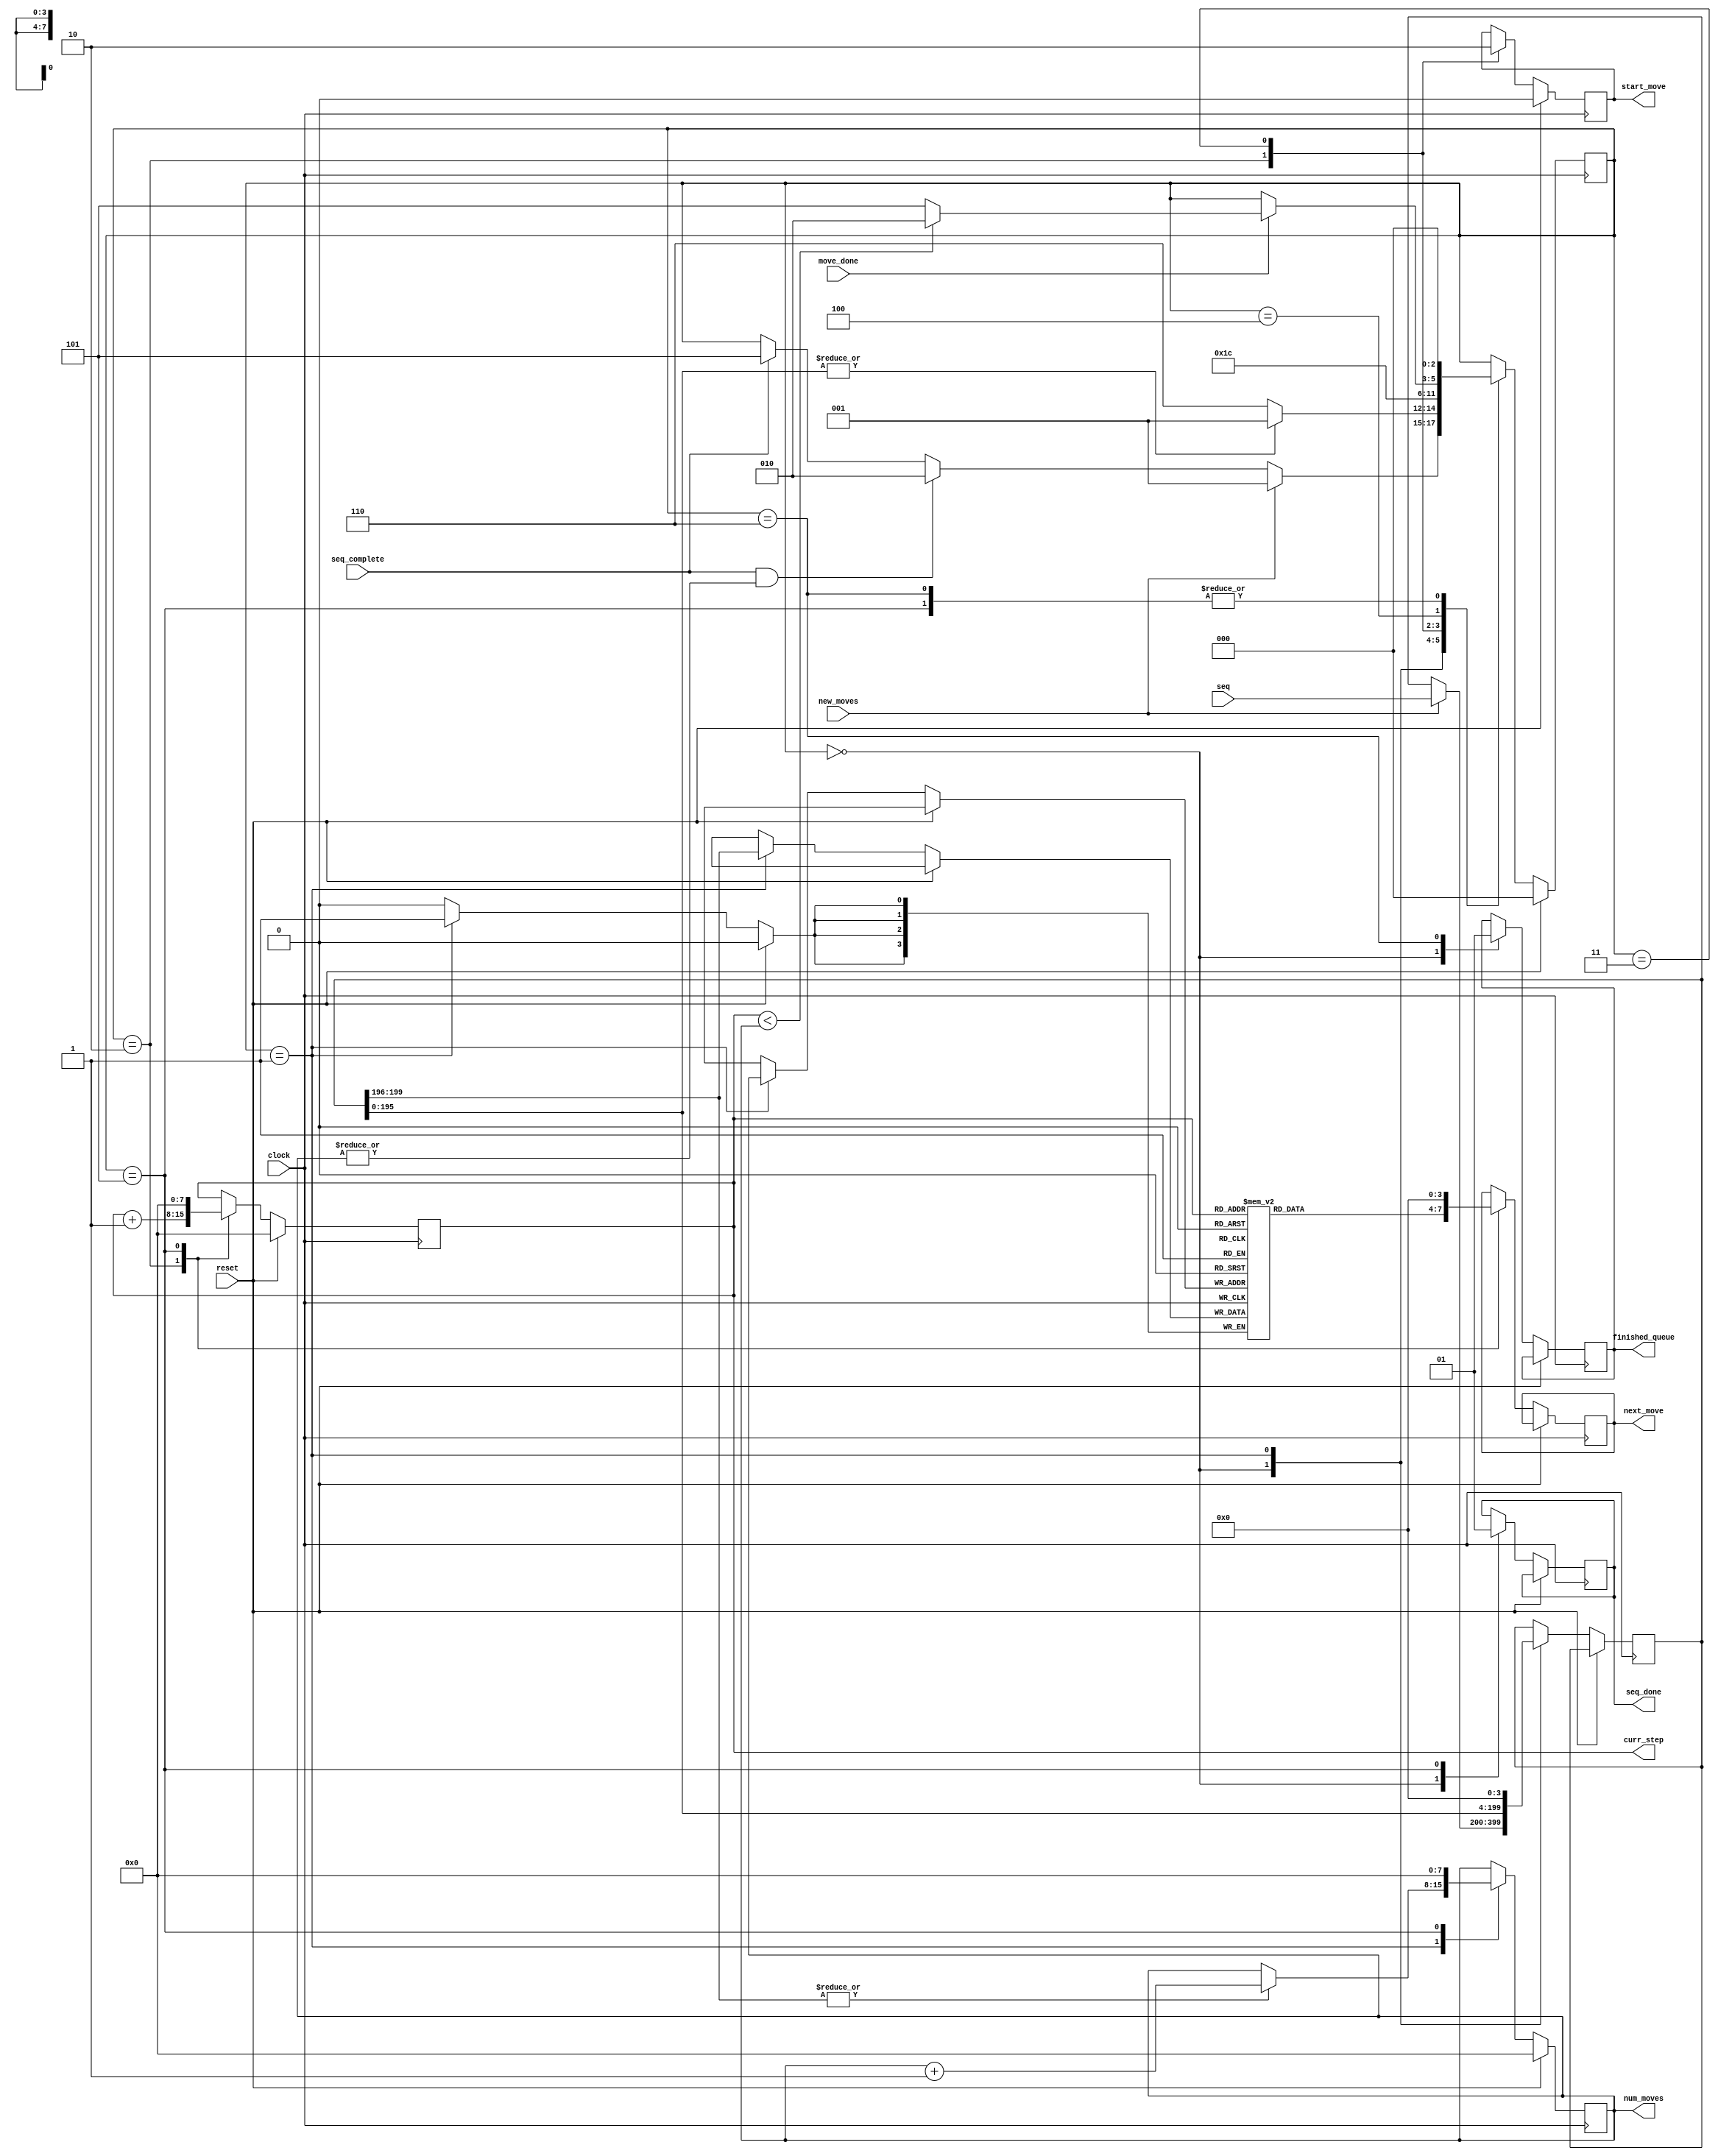
`timescale 1ns / 1ps
//////////////////////////////////////////////////////////////////////////////////
// Company: 
// 
// Design Name: 
// Module Name: sequencer
// Project Name: rbot
// Target Devices: 
// Tool Versions: 
// Description: 
// 
// Dependencies: 
// 
// Revision:
// Revision 0.01 - File Created
// Additional Comments:
// 
//////////////////////////////////////////////////////////////////////////////////


module sequencer
    (input clock,
    input reset,
    input seq_complete,
    input new_moves,
    input [199:0] seq,
    output reg seq_done,
    output reg [3:0] next_move,
    output reg start_move,
    output reg [7:0] num_moves = 0,
    output reg [7:0] curr_step = 0,
    output reg finished_queue,
    input move_done
    );
    
    localparam IDLE = 3'd0;
    localparam ADD_TO_QUEUE = 3'd1;
    localparam LOAD_MOVE = 3'd2;
    localparam WAIT_FOR_MOVE_1 = 3'd3;
    localparam WAIT_FOR_MOVE_2 = 3'd4;
    localparam SEQ_FINISHED = 3'd5;
    localparam FINISHED_DATA_QUEUE = 3'd6;
    
    reg [2:0] state = IDLE;
    reg [199:0] part_seq;
    reg [3:0] moves [199:0];
    
    always @(posedge clock)begin
        if(reset)begin
            state <= IDLE;
            curr_step <= 0;
            num_moves <= 0;
            start_move <= 0;
        end else begin
            case(state)
                IDLE: begin
                    finished_queue <= 0;
                    seq_done <= 0;
                    if(new_moves) begin
                        part_seq[199:0] <= seq[199:0];
                        state <= ADD_TO_QUEUE;
                    end else if(seq_complete & |(num_moves)) begin
                        state <= LOAD_MOVE;
                    end else if(seq_complete) begin //if no moves loaded just go to SEQ_FINISHED
                        state <= SEQ_FINISHED;
                    end
                end
                ADD_TO_QUEUE: begin
                    moves[num_moves] <= part_seq[199:196];
                    num_moves <= (|part_seq[199:196]) ? num_moves + 1 : num_moves;
                    part_seq <= part_seq << 4;
                    state <= (|(part_seq[195:0])) ? ADD_TO_QUEUE : FINISHED_DATA_QUEUE;
                end
                FINISHED_DATA_QUEUE: begin
                    finished_queue <= 1;
                    state <= IDLE;
                end
                LOAD_MOVE: begin
                    next_move <= moves[curr_step];
                    curr_step <= curr_step + 1;
                    start_move <= 1;
                    state <= WAIT_FOR_MOVE_1;
                end
                WAIT_FOR_MOVE_1: begin
                    start_move <= 0;
                    state <= WAIT_FOR_MOVE_2;
                end
                WAIT_FOR_MOVE_2: begin
                    if(move_done) begin
                        state <= (curr_step < num_moves) ? LOAD_MOVE : SEQ_FINISHED;
                    end
                end
                SEQ_FINISHED: begin
                    seq_done <= 1;
                    curr_step <= 0;
                    num_moves <= 0;
                    next_move <= 0;
                    state <= IDLE;
                end
            endcase
        end
    end
    
endmodule